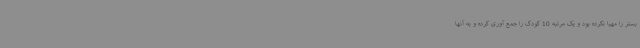
بستر را مهیا نکرده بود و یک مرتبه 10 کودک را جمع آوری کرده و به آنها